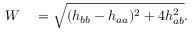
\begin{array} { r l } { W } & { { } = \sqrt { ( h _ { b b } - h _ { a a } ) ^ { 2 } + 4 h _ { a b } ^ { 2 } } . } \end{array}